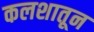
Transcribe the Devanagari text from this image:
कलशातून